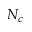
N _ { c }